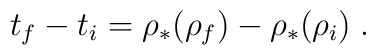
t_f - t_i = \rho_*(\rho_f) - \rho_*(\rho_i) \; .